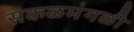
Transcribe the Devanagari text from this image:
सकळमंगळी